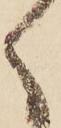
く